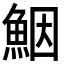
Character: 𩶾